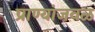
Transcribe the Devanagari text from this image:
प्राण्यांजवळ